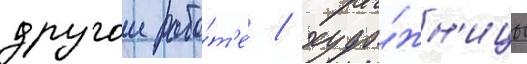
другои рабо́т'е / худо́жн'ицы